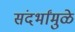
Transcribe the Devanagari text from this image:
संदर्भांमुळे